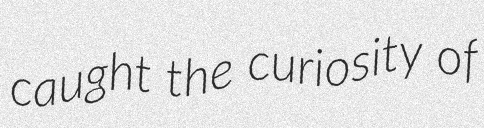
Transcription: caught the curiosity of